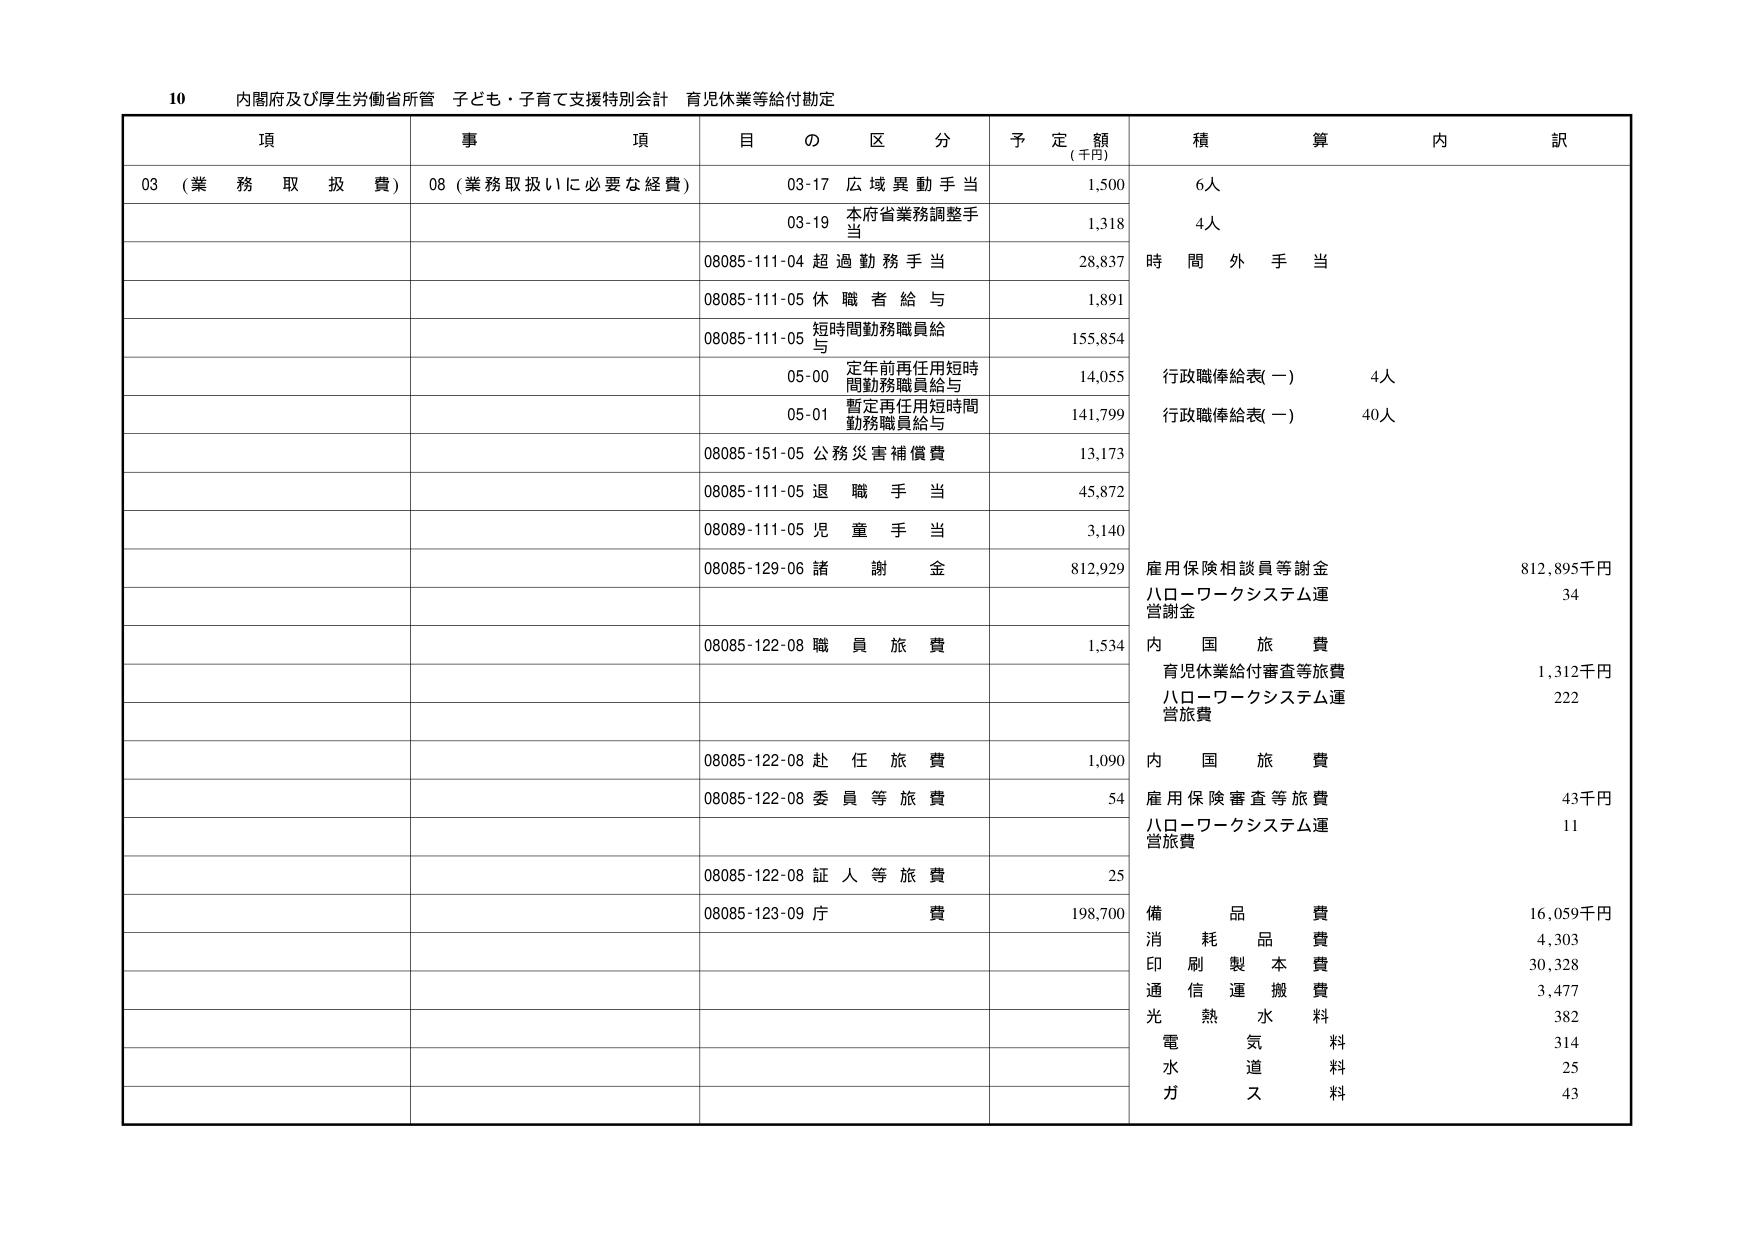
10 内閣府及び厚生労働省所管 子ども・子育て支援特別会計 育児休業等給付勘定

項 事 項 目 の 区 分 予 定 額 (千円) 積 算 内 訳

03 (業務取扱費) 08 (業務取扱いに必要な経費) 03-17 広域異動手当 1,500 6人

03-19 本府省業務調整手当 1,318 4人

08085-111-04 超過勤務手当 28,837 時間外手当

08085-111-05 休職者給与 1,891

08085-111-05 短時間勤務職員給与 155,854

05-00 定年前再任用短時間勤務職員給与 14,055 行政職俸給表(一) 4人

05-01 暫定再任用短時間勤務職員給与 141,799 行政職俸給表(一) 40人

08085-151-05 公務災害補償費 13,173

08085-111-05 退職手当 45,872

08089-111-05 児童手当 3,140

08085-129-06 諸謝金 812,929 雇用保険相談員等謝金 812,895千円
ハローワークシステム運営謝金 34

08085-122-08 職員旅費 1,534 内国旅費
育児休業給付審査等旅費 1,312千円
ハローワークシステム運営旅費 222

08085-122-08 赴任旅費 1,090 内国旅費

08085-122-08 委員等旅費 54 雇用保険審査等旅費 43千円
ハローワークシステム運営旅費 11

08085-122-08 証人等旅費 25

08085-123-09 庁費 198,700 備品費 16,059千円
消耗品費 4,303
印刷製本費 30,328
通信運搬費 3,477
光熱水料 382
電気料 314
水道料 25
ガス料 43